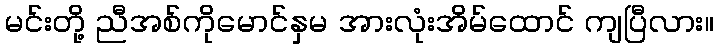
မင်းတို့ ညီအစ်ကိုမောင်နှမ အားလုံးအိမ်ထောင် ကျပြီလား။